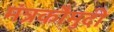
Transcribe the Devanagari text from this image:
मंत्रकौमुदी